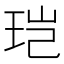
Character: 𮴒